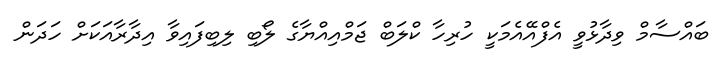
ބައްސާމް ވިދާޅުވީ އެފްއޭއެމަކީ ހުރިހާ ކްލަބް ޖަމްއިއްޔާގެ ލޯބި ލިބިފައިވާ އިދާރާއަކަށް ހަދަން